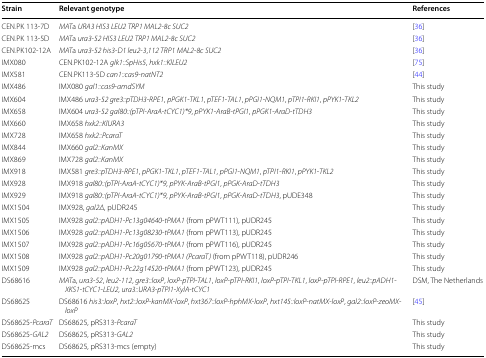
<table><thead><tr><td><b>Strain</b></td><td><b>Relevant genotype</b></td><td><b>References</b></td></tr></thead><tbody><tr><td>CEN.PK 113-7D</td><td><i>MAT</i>a <i>URA3 HIS3 LEU2 TRP1 MAL2</i>-<i>8c SUC2</i></td><td>[36]</td></tr><tr><td>CEN.PK 113-5D</td><td><i>MAT</i>a <i>ura3</i>-<i>52 HIS3 LEU2 TRP1 MAL2</i>-<i>8c SUC2</i></td><td>[36]</td></tr><tr><td>CEN.PK102-12A</td><td><i>MAT</i>a <i>ura3</i>-<i>52 his3</i>-<i>D1 leu2</i>-<i>3</i>,<i>112 TRP1 MAL2</i>-<i>8c SUC2</i></td><td>[36]</td></tr><tr><td>IMX080</td><td>CEN.PK102-12A <i>glk1::SpHis5</i>, <i>hxk1::KlLEU2</i></td><td>[75]</td></tr><tr><td>IMX581</td><td>CEN.PK113-5D <i>can1::cas9</i>-<i>natNT2</i></td><td>[44]</td></tr><tr><td>IMX486</td><td>IMX080 <i>gal1::cas9</i>-<i>amdSYM</i></td><td>This study</td></tr><tr><td>IMX604</td><td>IMX486 <i>ura3</i>-<i>52 gre3::pTDH3</i>-<i>RPE1</i>, <i>pPGK1</i>-<i>TKL1</i>, <i>pTEF1</i>-<i>TAL1</i>, <i>pPGI1</i>-<i>NQM1</i>, <i>pTPI1</i>-<i>RKI1</i>, <i>pPYK1</i>-<i>TKL2</i></td><td>This study</td></tr><tr><td>IMX658</td><td>IMX604 <i>ura3</i>-<i>52 gal80::(pTPI</i>-<i>AraA</i>-<i>tCYC1)*9</i>, <i>pPYK1</i>-<i>AraB</i>-<i>tPGI1</i>, <i>pPGK1</i>-<i>AraD</i>-<i>tTDH3</i></td><td>This study</td></tr><tr><td>IMX660</td><td>IMX658 <i>hxk2::KlURA3</i></td><td>This study</td></tr><tr><td>IMX728</td><td>IMX658 <i>hxk2::PcaraT</i></td><td>This study</td></tr><tr><td>IMX844</td><td>IMX660 <i>gal2::KanMX</i></td><td>This study</td></tr><tr><td>IMX869</td><td>IMX728 <i>gal2::KanMX</i></td><td>This study</td></tr><tr><td>IMX918</td><td>IMX581 <i>gre3::pTDH3</i>-<i>RPE1</i>, <i>pPGK1</i>-<i>TKL1</i>, <i>pTEF1</i>-<i>TAL1</i>, <i>pPGI1</i>-<i>NQM1</i>, <i>pTPI1</i>-<i>RKI1</i>, <i>pPYK1</i>-<i>TKL2</i></td><td>This study</td></tr><tr><td>IMX928</td><td>IMX918 <i>gal80::(pTPI</i>-<i>AraA</i>-<i>tCYC1)*9</i>, <i>pPYK</i>-<i>AraB</i>-<i>tPGI1</i>, <i>pPGK</i>-<i>AraD</i>-<i>tTDH3</i></td><td>This study</td></tr><tr><td>IMX929</td><td>IMX918 <i>gal80::(pTPI</i>-<i>AraA</i>-<i>tCYC1)*9</i>, <i>pPYK</i>-<i>AraB</i>-<i>tPGI1</i>, <i>pPGK</i>-<i>AraD</i>-<i>tTDH3</i>, pUDE348</td><td>This study</td></tr><tr><td>IMX1504</td><td>IMX928, <i>gal2Δ</i>, pUDR245</td><td>This study</td></tr><tr><td>IMX1505</td><td>IMX928 <i>gal2::pADH1-Pc13g04640-tPMA1</i> (from pPWT111), pUDR245</td><td>This study</td></tr><tr><td>IMX1506</td><td>IMX928 <i>gal2::pADH1-Pc13g08230-tPMA1</i> (from pPWT113), pUDR245</td><td>This study</td></tr><tr><td>IMX1507</td><td>IMX928 <i>gal2::pADH1-Pc16g05670-tPMA1</i> (from pPWT116), pUDR245</td><td>This study</td></tr><tr><td>IMX1508</td><td>IMX928 <i>gal2::pADH1-Pc20g01790-tPMA1 (PcaraT)</i> (from pPWT118), pUDR246</td><td>This study</td></tr><tr><td>IMX1509</td><td>IMX928 <i>gal2::pADH1-Pc22g14520-tPMA1</i> (from pPWT123), pUDR245</td><td>This study</td></tr><tr><td>DS68616</td><td><i>MAT</i>a, <i>ura3</i>-<i>52</i>, <i>leu2</i>-<i>112</i>, <i>gre3::loxP</i>, <i>loxP</i>-<i>pTPI</i>-<i>TAL1</i>, <i>loxP</i>-<i>pTPI</i>-<i>RKI1</i>, <i>loxP</i>-<i>pTPI</i>-<i>TKL1</i>, <i>loxP</i>-<i>pTPI</i>-<i>RPE1</i>, <i>leu2::pADH1</i>-<i>XKS1</i>-<i>tCYC1</i>-<i>LEU2</i>, <i>ura3::URA3</i>-<i>pTPI1</i>-<i>XylA</i>-<i>tCYC1</i></td><td>DSM, The Netherlands</td></tr><tr><td>DS68625</td><td>DS68616 <i>his3::loxP</i>, <i>hxt2::loxP</i>-<i>kanMX</i>-<i>loxP</i>, <i>hxt367::loxP</i>-<i>hphMX</i>-<i>loxP</i>, <i>hxt145::loxP</i>-<i>natMX</i>-<i>loxP</i>, <i>gal2::loxP</i>-<i>zeoMX</i>-<i>loxP</i></td><td>[45]</td></tr><tr><td>DS68625-<i>PcaraT</i></td><td>DS68625, pRS313-<i>PcaraT</i></td><td>This study</td></tr><tr><td>DS68625-<i>GAL2</i></td><td>DS68625, pRS313-<i>GAL2</i></td><td>This study</td></tr><tr><td>DS68625-mcs</td><td>DS68625, pRS313-mcs (empty)</td><td>This study</td></tr></tbody></table>